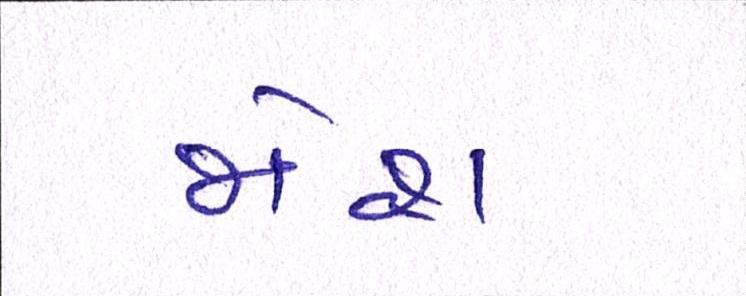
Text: જોશ